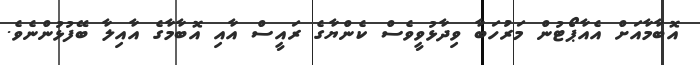
އޮބާމާއަށް އެއާޕޯޓުން މަރުހަބާ ވިދާޅުވީވެސް ކެންޔާގެ ރައީސް އާއި އޮބާމާގެ އާއިލާ ބޭފުޅުންނެވެ.